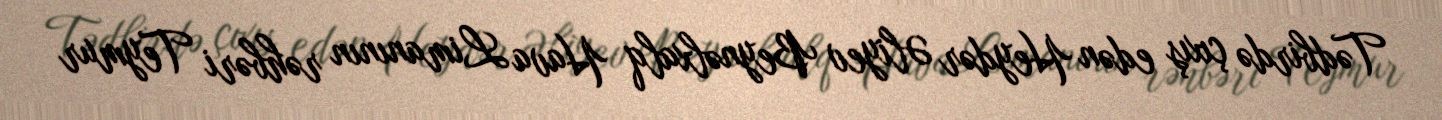
Tədbirdə çıxış edən Heydər Əliyev Beynəlxalq Hava Limanının rəhbəri Teymur